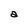
Character: a